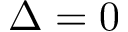
\Delta = 0